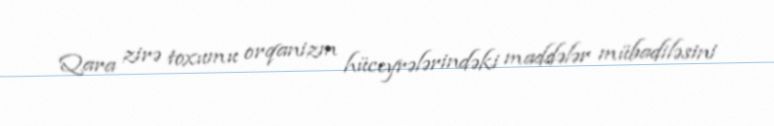
Qara zirə toxumu orqanizm hüceyrələrindəki maddələr mübadiləsini